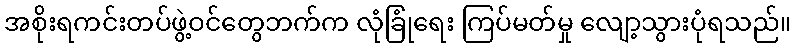
အစိုးရကင်းတပ်ဖွဲ့ဝင်တွေဘက်က လုံခြုံရေး ကြပ်မတ်မှု လျော့သွားပုံရသည်။